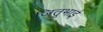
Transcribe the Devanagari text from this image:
जितूभाई